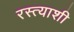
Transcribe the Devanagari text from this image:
रस्त्याशी